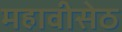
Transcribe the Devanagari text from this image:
महावीसेठ